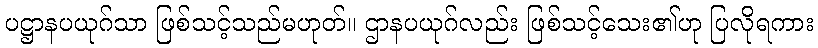
ပဋ္ဌာနပယုဂ်သာ ဖြစ်သင့်သည်မဟုတ်။ ဌာနပယုဂ်လည်း ဖြစ်သင့်သေး၏ဟု ပြလိုရကား